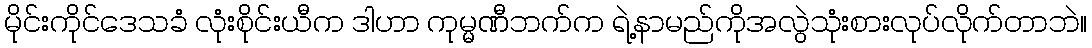
မိုင်းကိုင်ဒေသခံ လုံးစိုင်းယီက ဒါဟာ ကုမ္မဏီဘက်က ရဲ့နာမည်ကိုအလွဲသုံးစားလုပ်လိုက်တာဘဲ။